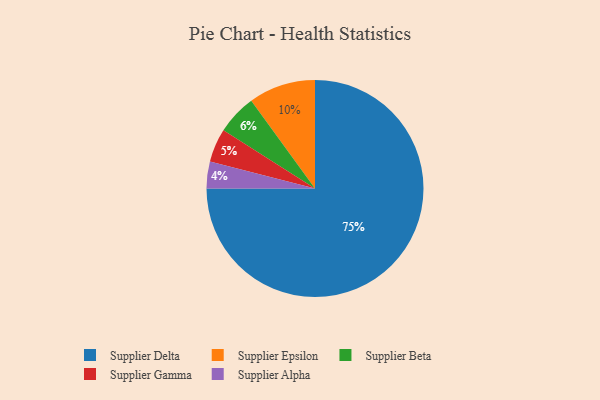
{"axis": {"x": "Category", "y": "Percentage"}, "legend": ["Supplier Alpha", "Supplier Beta", "Supplier Delta", "Supplier Epsilon", "Supplier Gamma"], "data": [{"x": "Supplier Gamma", "y": 5, "type": "Supplier Gamma"}, {"x": "Supplier Beta", "y": 6, "type": "Supplier Beta"}, {"x": "Supplier Alpha", "y": 4, "type": "Supplier Alpha"}, {"x": "Supplier Epsilon", "y": 10, "type": "Supplier Epsilon"}, {"x": "Supplier Delta", "y": 75, "type": "Supplier Delta"}]}